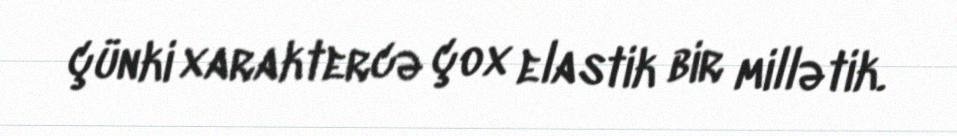
çünki xaraktercə çox elastik bir millətik.